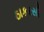
ઠાકરસી